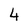
Character: 4